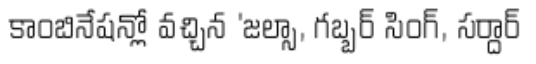
కాంబినేషన్లో వచ్చిన 'జల్సా, గబ్బర్ సింగ్, సర్దార్